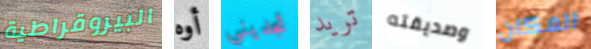
البيروقراطية أوه تجديني تريد وصديقته المكان